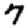
Digit: 7